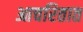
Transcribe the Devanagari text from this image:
आचरितात